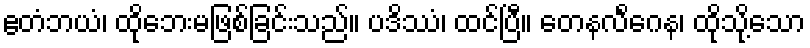
ဧတံဘယံ၊ ထိုဘေးမဖြစ်ခြင်းသည်။ ပဒိဿံ၊ ထင်ပြီ။ တေနလိင်္ဂေန၊ ထိုသို့သော